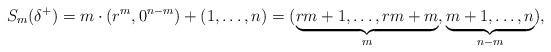
LaTeX: \begin{align*}S_m(\delta^{+})=m \cdot (r^m,0^{n-m})+(1,\dots,n)=(\underbrace{rm+1,\dots,rm+m}_{m},\underbrace{m+1,\dots,n}_{n-m}),\end{align*}